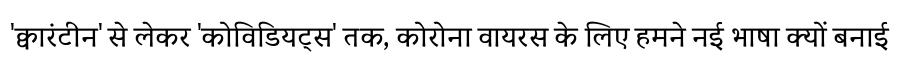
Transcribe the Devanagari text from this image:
'क्वारंटीन' से लेकर 'कोविडियट्स' तक, कोरोना वायरस के लिए हमने नई भाषा क्यों बनाई